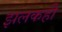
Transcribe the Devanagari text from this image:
झलकही